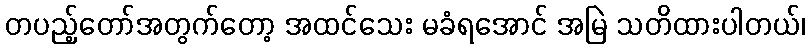
တပည့်တော်အတွက်တော့ အထင်သေး မခံရအောင် အမြဲ သတိထားပါတယ်၊